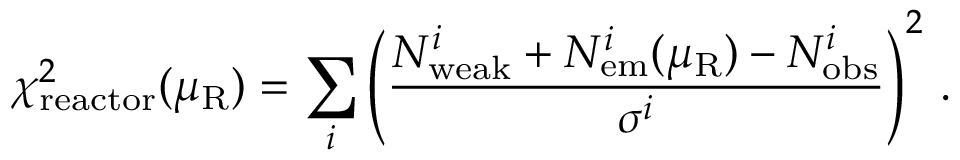
\chi _ { \mathrm { r e a c t o r } } ^ { 2 } ( \mu _ { \mathrm { R } } ) = \sum _ { i } \left( \frac { N _ { \mathrm { w e a k } } ^ { i } + N _ { \mathrm { e m } } ^ { i } ( \mu _ { \mathrm { R } } ) - N _ { \mathrm { o b s } } ^ { i } } { \sigma ^ { i } } \right) ^ { 2 } \, .